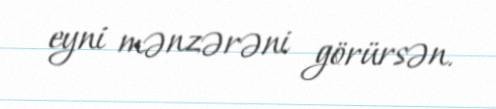
eyni mənzərəni görürsən.